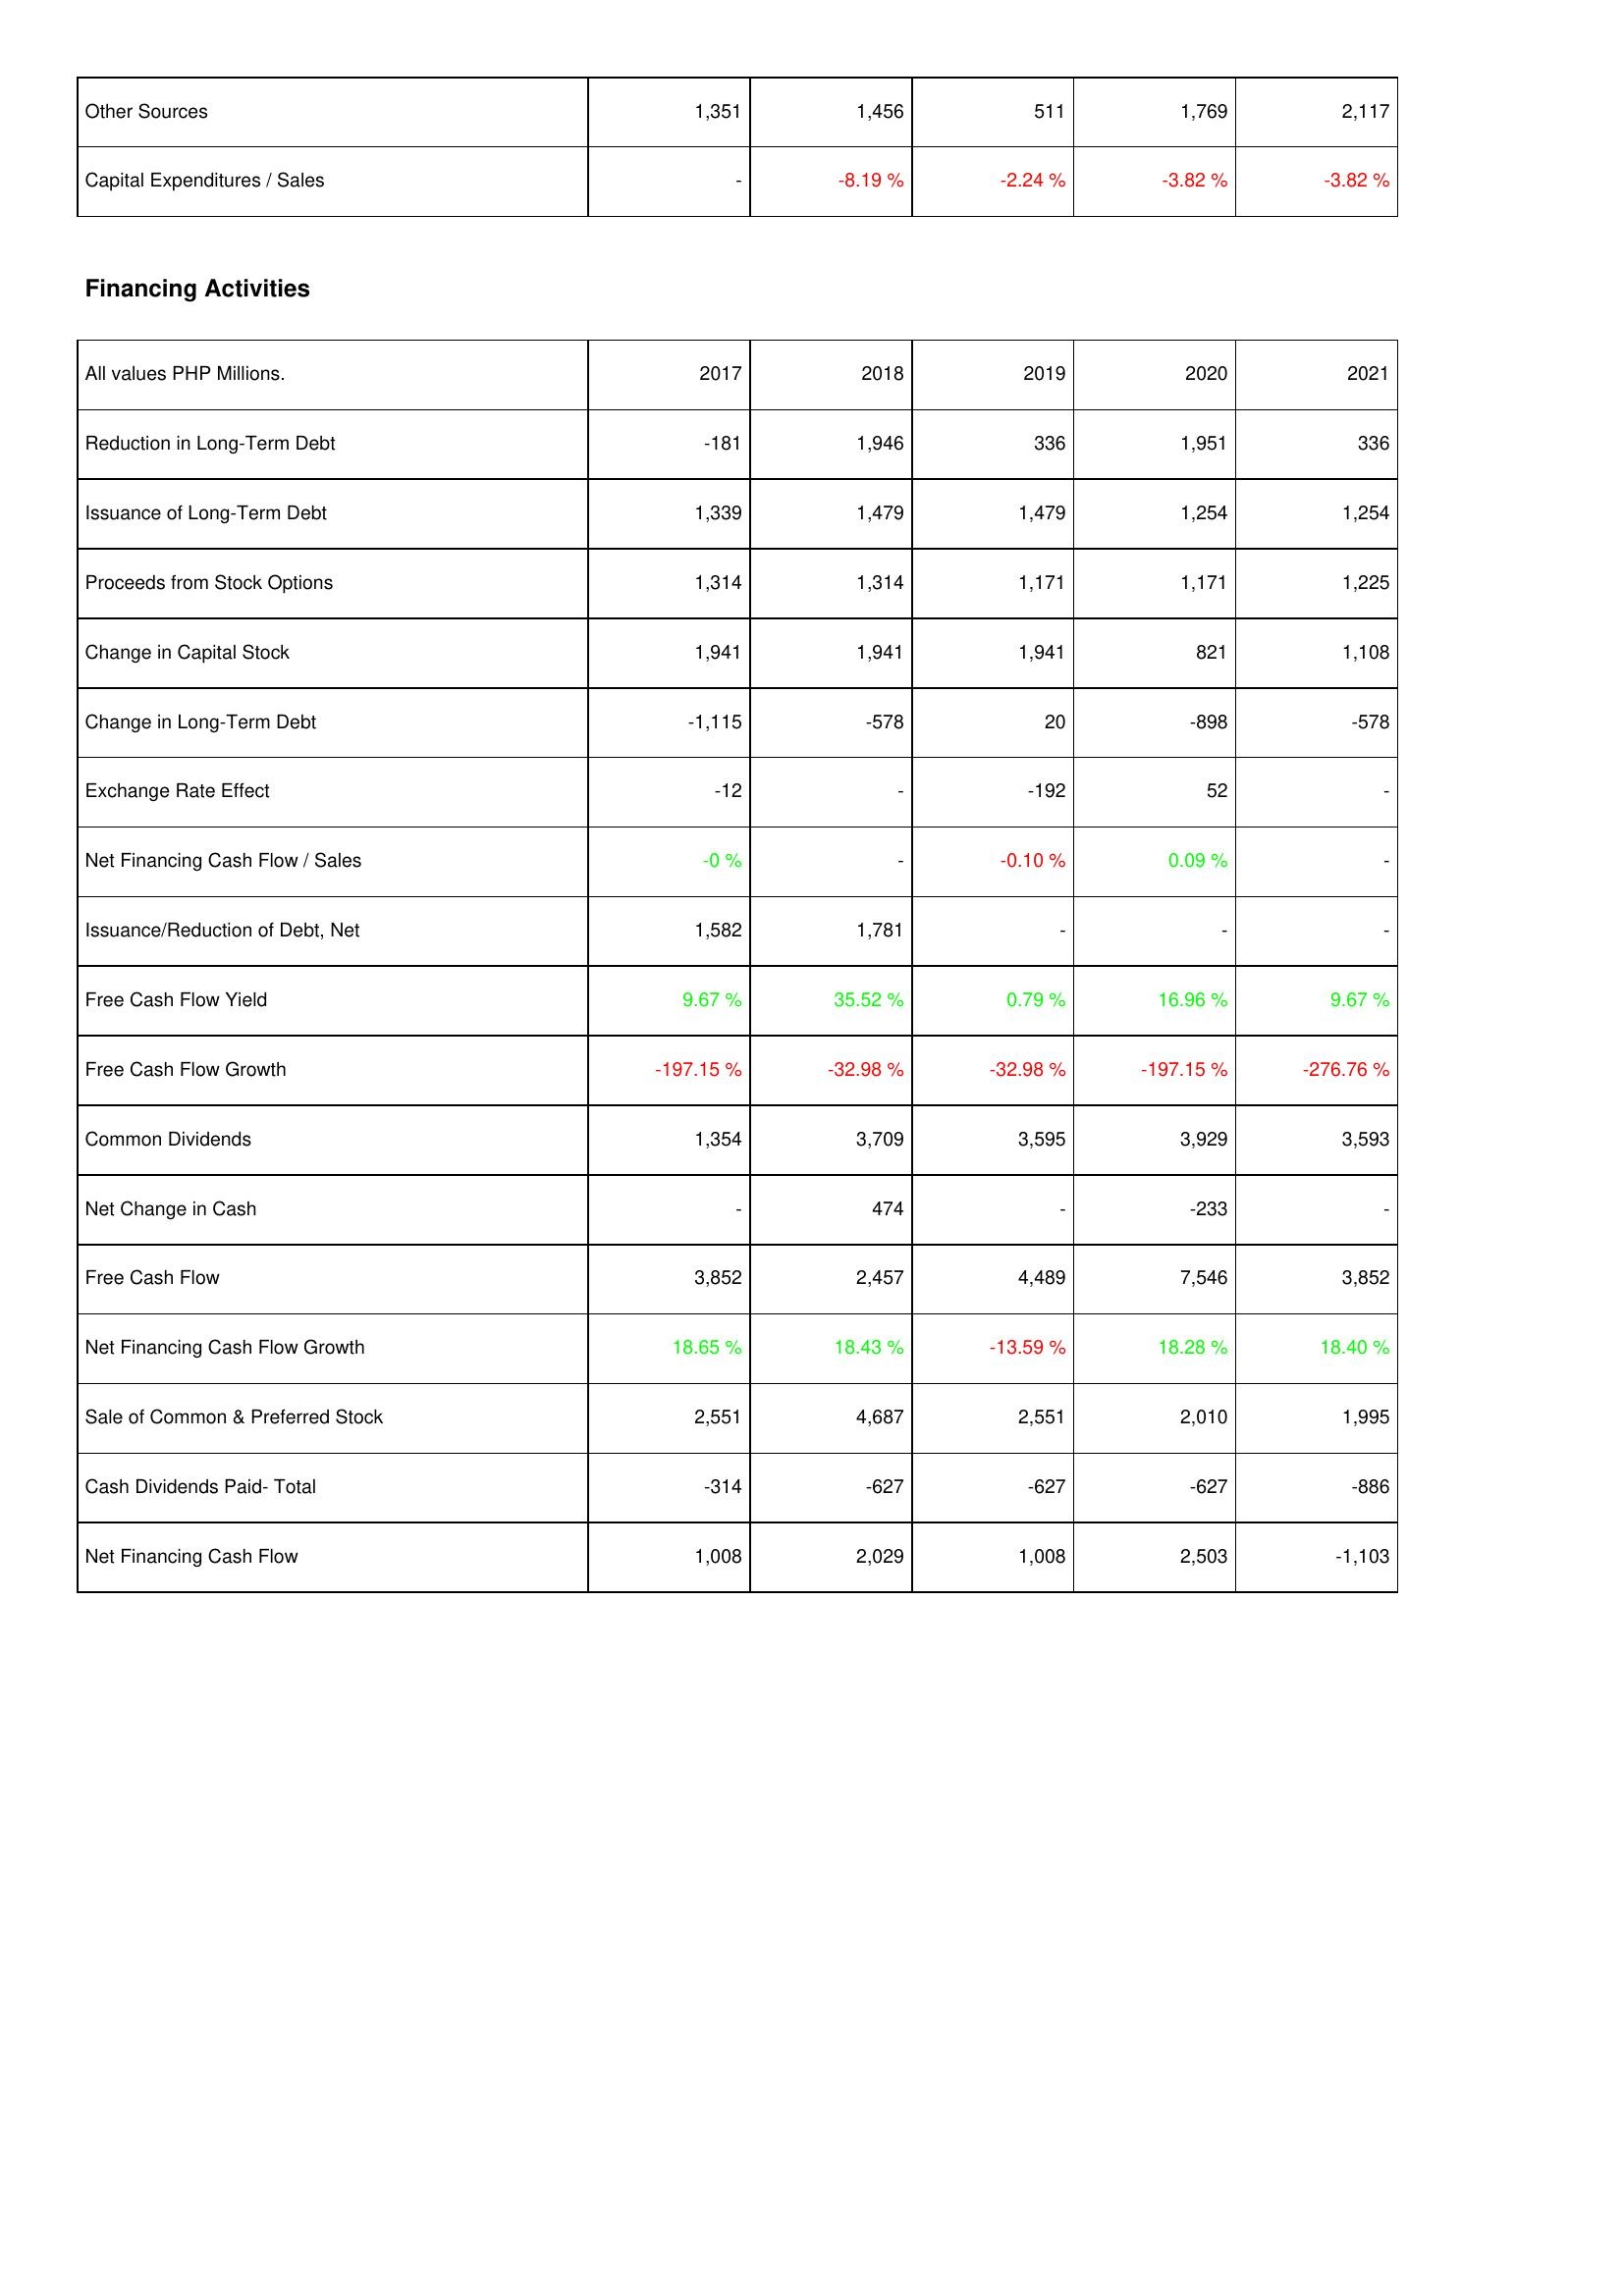
2017: Investing Activities: Other Sources: 1,351
Capital Expenditures / Sales: -
Financing Activities: Reduction in Long-Term Debt: -181
Issuance of Long-Term Debt: 1,339
Proceeds from Stock Options: 1,314
Change in Capital Stock: 1,941
Change in Long-Term Debt: -1,115
Exchange Rate Effect: -12
Net Financing Cash Flow / Sales: -0 %
Issuance/Reduction of Debt, Net: 1,582
Free Cash Flow Yield: 9.67 %
Free Cash Flow Growth: -197.15 %
Common Dividends: 1,354
Net Change in Cash: -
Free Cash Flow: 3,852
Net Financing Cash Flow Growth: 18.65 %
Sale of Common & Preferred Stock: 2,551
Cash Dividends Paid- Total: -314
Net Financing Cash Flow: 1,008
2018: Investing Activities: Other Sources: 1,456
Capital Expenditures / Sales: -8.19 %
Financing Activities: Reduction in Long-Term Debt: 1,946
Issuance of Long-Term Debt: 1,479
Proceeds from Stock Options: 1,314
Change in Capital Stock: 1,941
Change in Long-Term Debt: -578
Exchange Rate Effect: -
Net Financing Cash Flow / Sales: -
Issuance/Reduction of Debt, Net: 1,781
Free Cash Flow Yield: 35.52 %
Free Cash Flow Growth: -32.98 %
Common Dividends: 3,709
Net Change in Cash: 474
Free Cash Flow: 2,457
Net Financing Cash Flow Growth: 18.43 %
Sale of Common & Preferred Stock: 4,687
Cash Dividends Paid- Total: -627
Net Financing Cash Flow: 2,029
2019: Investing Activities: Other Sources: 511
Capital Expenditures / Sales: -2.24 %
Financing Activities: Reduction in Long-Term Debt: 336
Issuance of Long-Term Debt: 1,479
Proceeds from Stock Options: 1,171
Change in Capital Stock: 1,941
Change in Long-Term Debt: 20
Exchange Rate Effect: -192
Net Financing Cash Flow / Sales: -0.10 %
Issuance/Reduction of Debt, Net: -
Free Cash Flow Yield: 0.79 %
Free Cash Flow Growth: -32.98 %
Common Dividends: 3,595
Net Change in Cash: -
Free Cash Flow: 4,489
Net Financing Cash Flow Growth: -13.59 %
Sale of Common & Preferred Stock: 2,551
Cash Dividends Paid- Total: -627
Net Financing Cash Flow: 1,008
2020: Investing Activities: Other Sources: 1,769
Capital Expenditures / Sales: -3.82 %
Financing Activities: Reduction in Long-Term Debt: 1,951
Issuance of Long-Term Debt: 1,254
Proceeds from Stock Options: 1,171
Change in Capital Stock: 821
Change in Long-Term Debt: -898
Exchange Rate Effect: 52
Net Financing Cash Flow / Sales: 0.09 %
Issuance/Reduction of Debt, Net: -
Free Cash Flow Yield: 16.96 %
Free Cash Flow Growth: -197.15 %
Common Dividends: 3,929
Net Change in Cash: -233
Free Cash Flow: 7,546
Net Financing Cash Flow Growth: 18.28 %
Sale of Common & Preferred Stock: 2,010
Cash Dividends Paid- Total: -627
Net Financing Cash Flow: 2,503
2021: Investing Activities: Other Sources: 2,117
Capital Expenditures / Sales: -3.82 %
Financing Activities: Reduction in Long-Term Debt: 336
Issuance of Long-Term Debt: 1,254
Proceeds from Stock Options: 1,225
Change in Capital Stock: 1,108
Change in Long-Term Debt: -578
Exchange Rate Effect: -
Net Financing Cash Flow / Sales: -
Issuance/Reduction of Debt, Net: -
Free Cash Flow Yield: 9.67 %
Free Cash Flow Growth: -276.76 %
Common Dividends: 3,593
Net Change in Cash: -
Free Cash Flow: 3,852
Net Financing Cash Flow Growth: 18.40 %
Sale of Common & Preferred Stock: 1,995
Cash Dividends Paid- Total: -886
Net Financing Cash Flow: -1,103